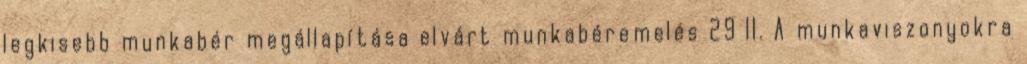
legkisebb munkabér megállapítása elvárt munkabéremelés 29 II. A munkaviszonyokra